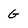
Character: G